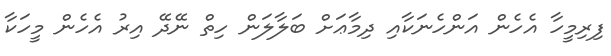
ފިރިމީހާ އެހެން އަންހެނަކާއި ދިމާޢަށް ބަލާލަން ހިތް ނޭދޭ އިރު އެހެން މީހަކާ